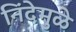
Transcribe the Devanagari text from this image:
निंदेमुळे